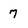
Character: 7